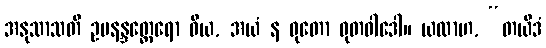
အနုသာသတိ ဥပနန္ဒတ္ထေရော ဝိယ, အယံ န ဓုတော ဓုတဝါဒေါ။ ယထာဟ, “တယိဒံ